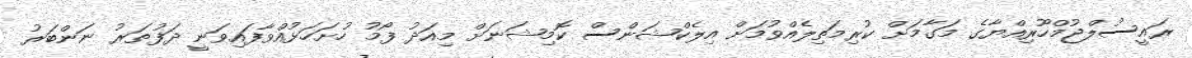
ރައީސުލްޖުމްހޫރިއްޔާގެ މަގާމަށް ކުރިމަތިލެއްވުމަށް އިލެކްޝަންސް ކޮމިޝަނަށް މިއަދު ފޯމު ހުށަހަޅުއްވާފައިވަނީ ދަފުތަރު ނަންބަރު